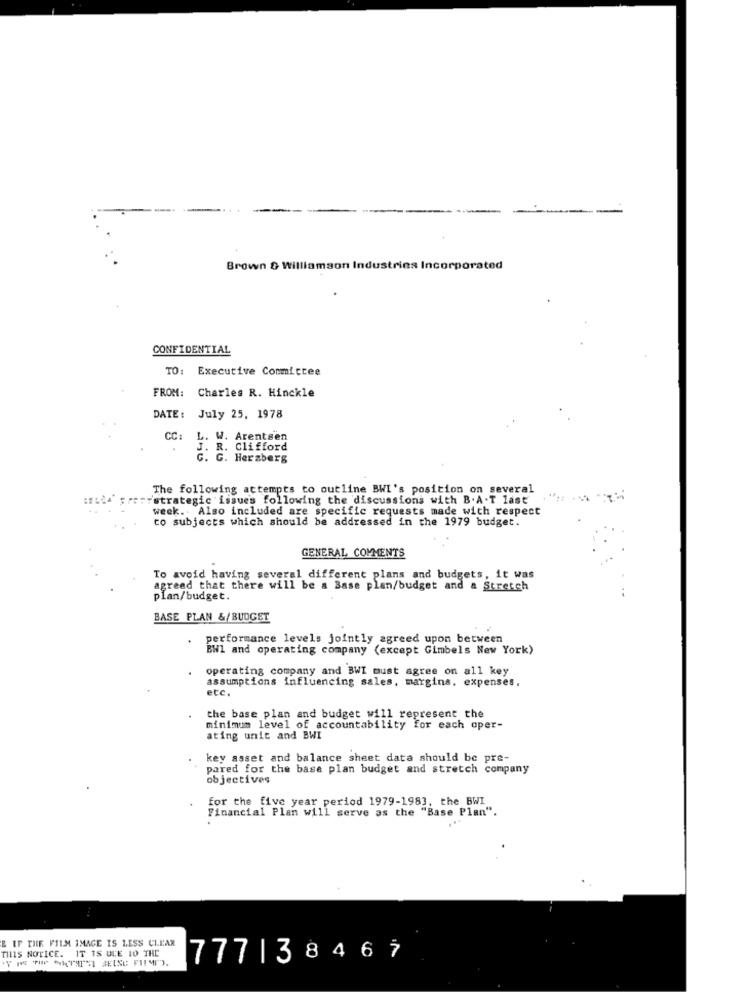
Brown & Williamson Industries Incorporated
CONFIDENTIAL
TO: Executive Committee
FROM:
Charles R. Hinckle
DATE: July 25, 1978
CC
L. W. Arentsen
J. R. Clifford
G. Herzberg
The following attempts to outline BWI's position on several
"strategic issue's following the discussions with B. A.T last
week. Also included are specific requests made with respect
to subjects which should be addressed in the 1979 budget.
GENERAL COMMENTS
To avoid having several different plans and budgets, it was
agreed that there will be a Base plan/budget and a Stretch
plan/budget.
BASE PLAN &/BUDGET
performance levels jointly agreed upon between
BWL and operating company (except Gimbels New York)
operating company and BWI must agree on all key
assumptions influencing sales, margins, expenses.
etc
the base plan and budget will represent the
minimum level of accountability for each oper-
ating unit and BWI
key asset and balance sheet data should be pre-
pared for the base plan budget and stretch company
objectives
for the five year period 1979-1983, the BWI
Financial Plan will serve as the "Base Plan".
E IF THE FILM IMAGE IS LESS CLEAR
THIS NOTICE. IT IS ULE 10 THE
777|38467